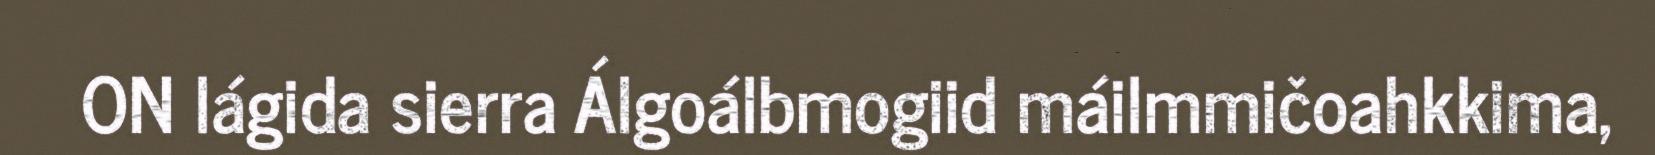
ON lágida sierra Álgoálbmogiid máilmmičoahkkima,